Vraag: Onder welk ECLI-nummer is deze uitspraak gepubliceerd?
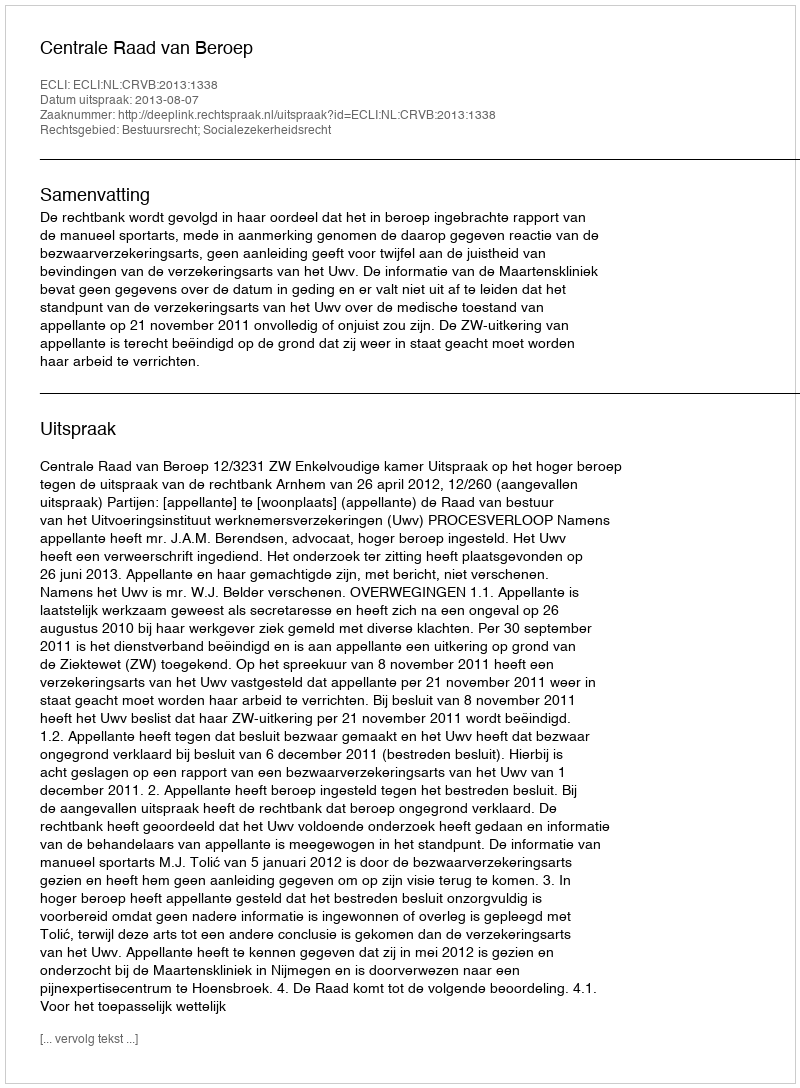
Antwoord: ECLI:NL:CRVB:2013:1338